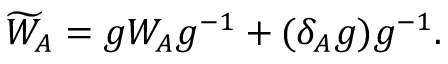
\widetilde { W } _ { A } = g W _ { A } g ^ { - 1 } + ( \delta _ { A } g ) g ^ { - 1 } .